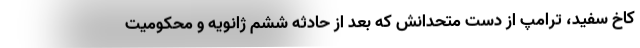
کاخ سفید، ترامپ از دست متحدانش که بعد از حادثه ششم ژانویه و محکومیت